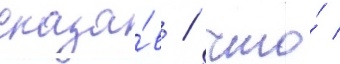
сказа́в / что́ /